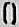
0